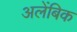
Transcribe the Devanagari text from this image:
अलेंबिक